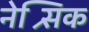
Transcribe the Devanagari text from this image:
नेश्र्सिक